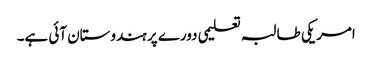
امریکی طالبہ تعلیمی دورے پر ہندوستان آئی ہے۔